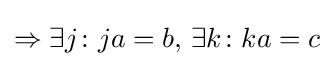
\Rightarrow \exists j\colon ja=b,\,\exists k\colon ka=c